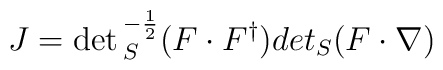
J = \det{}_S^{- {1 \over 2}} (F\cdot F^{\dagger})\\det{}_S(F\cdot \nabla)